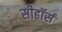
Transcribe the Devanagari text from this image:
सीहॉर्स